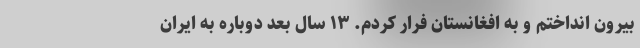
بیرون انداختم و به افغانستان فرار کردم. ۱۳ سال بعد دوباره به ایران